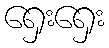
ရှေးရှေး